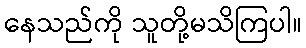
နေသည်ကို သူတို့မသိကြပါ။